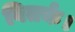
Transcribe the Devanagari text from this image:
वितर्क।